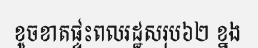
ខូចខាតផ្ទះពលរដ្ឋសរុប៦២ ខ្នង